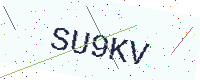
Text: SU9KV